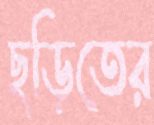
ছড়িতের